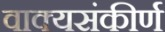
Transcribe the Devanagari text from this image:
वाक्यसंकीर्ण